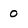
Character: 0